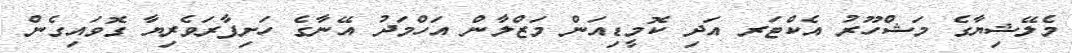
މެލޭޝިޔާގެ މަޝްހޫރު އެކްޓަރ އަދި ކޮމީޑިއަން މަޒްލާން އަހްމަދު އޭނާގެ ހަށިފާރަވެރިޔާ ގޮވައިގެން